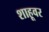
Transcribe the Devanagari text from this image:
शाहूवर